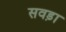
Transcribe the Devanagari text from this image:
सवड़ा